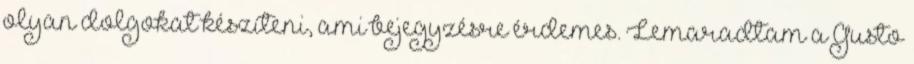
olyan dolgokat készíteni, ami bejegyzésre érdemes. Lemaradtam a Gusto